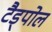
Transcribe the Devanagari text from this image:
टैड्पोल